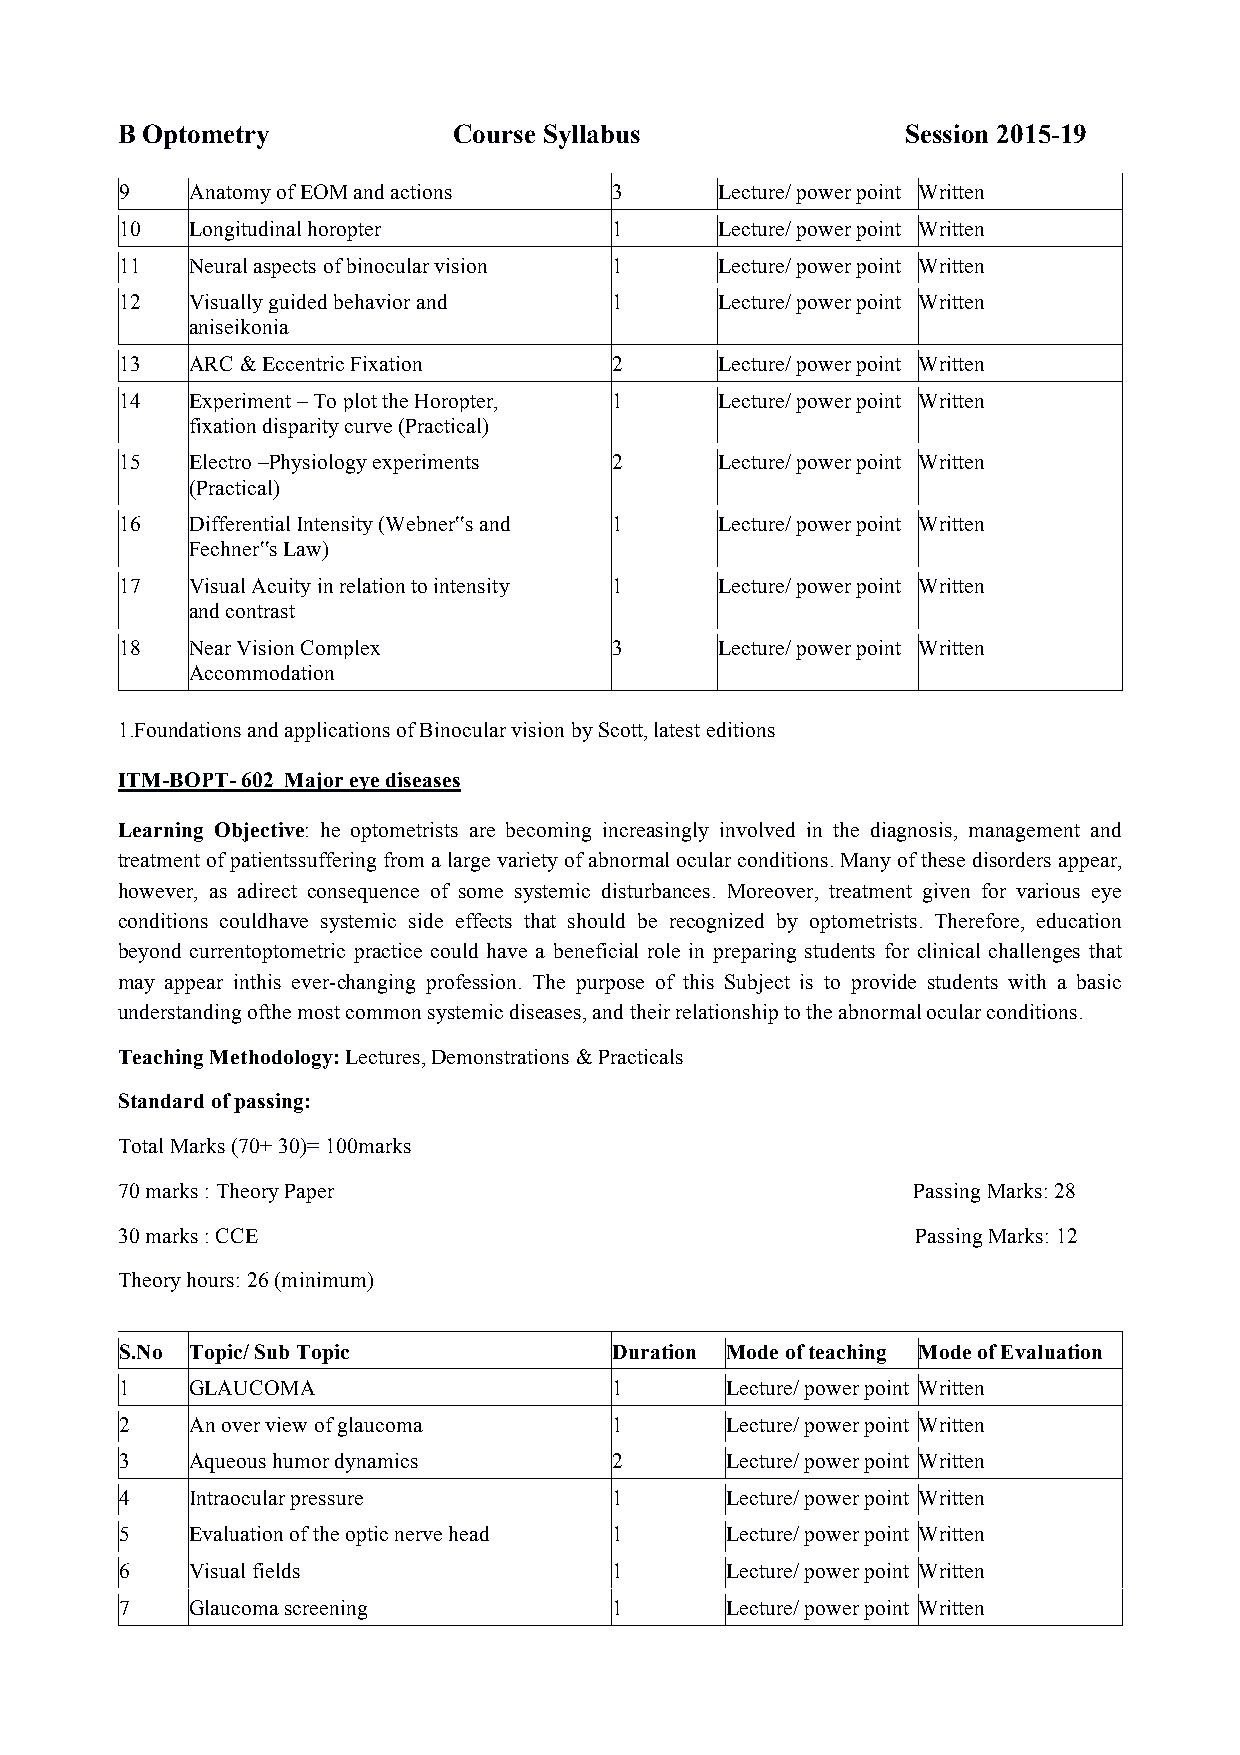
B Optometry           Course Syllabus               Session 2015-19
 9    Anatomy of EOM and actions  3      Lecture/ power point Written
 10   Longitudinal horopter       1      Lecture/ power point Written
 11   Neural aspects of binocular vision 1 Lecture/ power point Written
 12   Visually guided behavior and 1     Lecture/ power point Written
 aniseikonia
 13   ARC & Eccentric Fixation    2      Lecture/ power point Written
 14   Experiment – To plot the Horopter, 1 Lecture/ power point Written
 fixation disparity curve (Practical)
 15   Electro –Physiology experiments 2  Lecture/ power point Written
 (Practical)
 16   Differential Intensity (Webner‟s and 1 Lecture/ power point Written
 Fechner‟s Law)
 17   Visual Acuity in relation to intensity 1 Lecture/ power point Written
 and contrast
 18   Near Vision Complex         3      Lecture/ power point Written
 Accommodation
 1.Foundations and applications of Binocular vision by Scott, latest editions
 ITM-BOPT- 602 Major eye diseases
 Learning Objective: he optometrists are becoming increasingly involved in the diagnosis, management and
 treatment of patientssuffering from a large variety of abnormal ocular conditions. Many of these disorders appear,
 however, as adirect consequence of some systemic disturbances. Moreover, treatment given for various eye
 conditions couldhave systemic side effects that should be recognized by optometrists. Therefore, education
 beyond currentoptometric practice could have a beneficial role in preparing students for clinical challenges that
 may appear inthis ever-changing profession. The purpose of this Subject is to provide students with a basic
 understanding ofthe most common systemic diseases, and their relationship to the abnormal ocular conditions.
 Teaching Methodology: Lectures, Demonstrations & Practicals
 Standard of passing:
 Total Marks (70+ 30)= 100marks
 70 marks : Theory Paper                              Passing Marks: 28
 30 marks : CCE                                       Passing Marks: 12
 Theory hours: 26 (minimum)
 S.No Topic/ Sub Topic            Duration Mode of teaching Mode of Evaluation
 1    GLAUCOMA                    1      Lecture/ power point Written
 2    An over view of glaucoma    1      Lecture/ power point Written
 3    Aqueous humor dynamics      2      Lecture/ power point Written
 4    Intraocular pressure        1      Lecture/ power point Written
 5    Evaluation of the optic nerve head 1 Lecture/ power point Written
 6    Visual fields               1      Lecture/ power point Written
 7    Glaucoma screening          1      Lecture/ power point Written